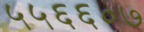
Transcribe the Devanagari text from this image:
५५६६०७